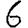
Digit: 6